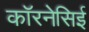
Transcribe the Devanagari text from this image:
कॉरनेसिई